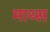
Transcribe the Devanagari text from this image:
माथ्स